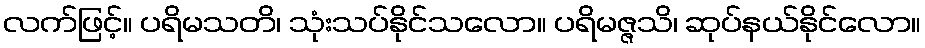
လက်ဖြင့်။ ပရိမသတိ၊ သုံးသပ်နိုင်သလော။ ပရိမဇ္ဇသိ၊ ဆုပ်နယ်နိုင်လော။